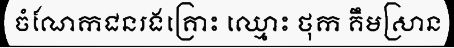
ចំណែកជនរងគ្រោះ ឈ្មោះ ថុក គឹមស្រាន